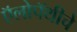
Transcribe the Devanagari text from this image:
ऍलोपॅथीचे